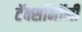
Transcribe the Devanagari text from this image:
टॅक्सॉनॉमी